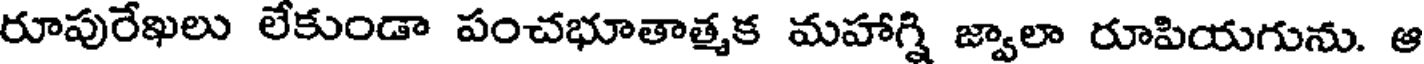
రూపురేఖలు లేకుండా పంచభూతాత్మక మహాగ్ని జ్వాలా రూపియగును. ఆ